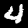
Label: 4